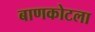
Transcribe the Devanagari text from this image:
बाणकोटला